Annual administration report of the Civil Veterinary Department of India - 1893-1894
Year: 1893
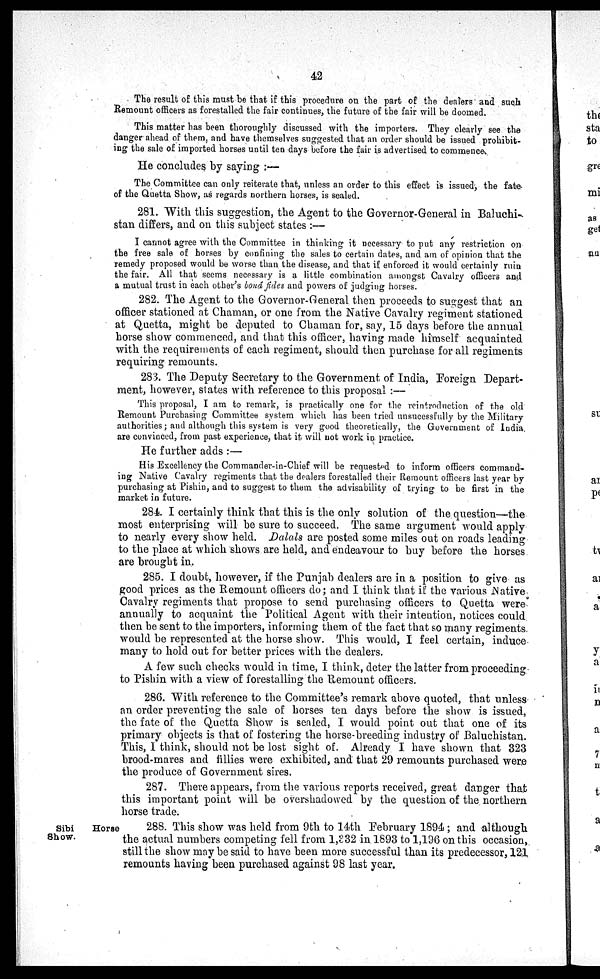
42
The result of this must be that if this procedure on the part of the dealers and such
Remount officers as forestalled the fair continues, the future of the fair will be doomed.
This matter has been thoroughly discussed with the importers. They clearly see the
danger ahead of them, and have themselves suggested that an order should be issued prohibit-
ing the sale of imported horses until ten days before the fair is advertised to commence.
He concludes by saying:—
The Committee can only reiterate that, unless an order to this effect is issued, the fate
of the Quetta Show, as regards northern horses, is sealed.
281. With this suggestion, the Agent to the Governor-General in Baluchi-
stan differs, and on this subject states:—
I cannot agree with the Committee in thinking it necessary to put any restriction on
the free sale of horses by confining the sales to certain dates, and am of opinion that the
remedy proposed would be worse than the disease, and that if enforced it would certainly ruin
the fair. All that seems necessary is a little combination amongst Cavalry officers and
a mutual trust in each other's bonâ fides and powers of judging horses.
282. The Agent to the Governor-General then proceeds to suggest that an
officer stationed at Chaman, or one from the Native Cavalry regiment stationed
at Quetta, might be deputed to Chaman for, say, 15 days before the annual
horse show commenced, and that this officer, having made himself acquainted
with the requirements of each regiment, should then purchase for all regiments
requiring remounts.
283. The Deputy Secretary to the Government of India, Foreign Depart-
ment, however, states with reference to this proposal:—
This proposal, I am to remark, is practically one for the reintroduction of the old
Remount Purchasing Committee system which has been tried unsucessfully by the Military
authorities; and although this system is very good theoretically, the Government of India.
are convinced, from past experience, that it will not work in practice.
He further adds:—
His Excellency the Commander-in-Chief will be requested to inform officers command-
ing Native Cavalry regiments that the dealers forestalled their Remount officers last year by
purchasing at Pishin, and to suggest to them the advisability of trying to be first in the
market in future.
284. I certainly think that this is the only solution of the question—the
most enterprising will be sure to succeed. The same argument would apply
to nearly every show held. Dalals are posted some miles out on roads leading
to the place at which shows are held, and endeavour to buy before the horses
are brought in.
285. I doubt, however, if the Punjab dealers are in a position to give as
good prices as the Remount officers do; and I think that if the various Native
Cavalry regiments that propose to send purchasing officers to Quetta were
annually to acquaint the Political Agent with their intention, notices could
then be sent to the importers, informing them of the fact that so many regiments
would be represented at the horse show. This would, I feel certain, induce
many to hold out for better prices with the dealers.
A few such checks would in time, I think, deter the latter from proceeding
to Pishin with a view of forestalling the Remount officers.
286. With reference to the Committee's remark above quoted, that unless
an order preventing the sale of horses ten days before the show is issued,
the fate of the Quetta Show is sealed, I would point out that one of its
primary objects is that of fostering the horse-breeding industry of Baluchistan.
This, I think, should not be lost sight of. Already I have shown that 323
brood-mares and fillies were exhibited, and that 29 remounts purchased were
the produce of Government sires.
287. There appears, from the various reports received, great danger that
this important point will be overshadowed by the question of the northern
horse trade.
Sibi
Horse
Show.
288. This show was held from 9th to 14th February 1894; and although
the actual numbers competing fell from 1,332 in 1893 to 1,196 on this occasion,
still the show may be said to have been more successful than its predecessor, 121
remounts having been purchased against 98 last year.